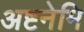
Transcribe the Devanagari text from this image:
अष्टनेमि